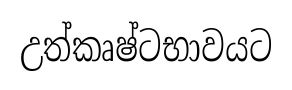
උත්කෘෂ්ටභාවයට